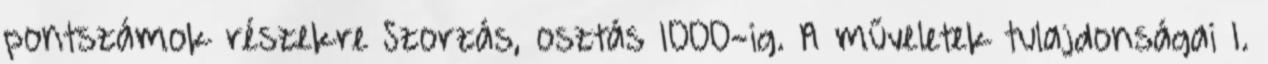
pontszámok részekre Szorzás, osztás 1000-ig. A műveletek tulajdonságai 1.